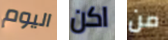
اليوم اكن من